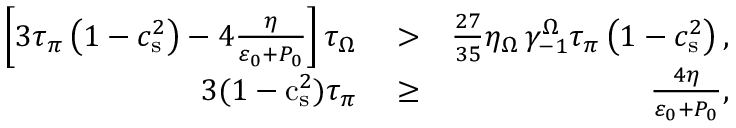
\begin{array} { r l r } { \left[ 3 \tau _ { \pi } \left( 1 - c _ { \mathrm { s } } ^ { 2 } \right) - 4 \frac { \eta } { \varepsilon _ { 0 } + P _ { 0 } } \right] \tau _ { \Omega } } & { { } > } & { \frac { 2 7 } { 3 5 } \eta _ { \Omega } \, \gamma _ { - 1 } ^ { \Omega } \tau _ { \pi } \left( 1 - c _ { \mathrm { s } } ^ { 2 } \right) , } \\ { 3 ( 1 - \mathrm { c } _ { \mathrm { s } } ^ { 2 } ) \tau _ { \pi } } & { { } \geq } & { \frac { 4 \eta } { \varepsilon _ { 0 } + P _ { 0 } } , } \end{array}